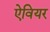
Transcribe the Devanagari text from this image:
ऐवियर